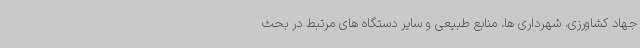
جهاد کشاورزی، شهرداری ها، منابع طبیعی و سایر دستگاه های مرتبط در بحث